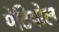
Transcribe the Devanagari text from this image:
पेटियोल